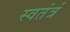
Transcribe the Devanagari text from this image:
स्वतंत्रं